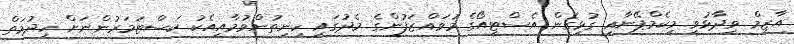
އާޒިމް ވިދާޅުވީ މިކެމްޕޭނާއި ގުޅިގެން އެސްޓީއޯގެ މުވައްޒަފުންގެ މެދުގައި ހިނިތުންވުމާއިއެކު ކަސްޓަމަރުންނަށް ހިދުމަތް